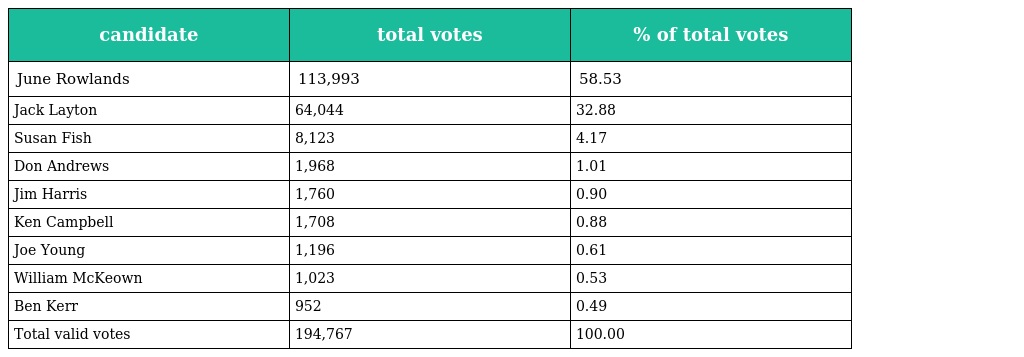
| candidate | total votes | % of total votes |
 | --- | --- | --- |
 | June Rowlands | 113,993 | 58.53 |
 | Jack Layton | 64,044 | 32.88 |
 | Susan Fish | 8,123 | 4.17 |
 | Don Andrews | 1,968 | 1.01 |
 | Jim Harris | 1,760 | 0.90 |
 | Ken Campbell | 1,708 | 0.88 |
 | Joe Young | 1,196 | 0.61 |
 | William McKeown | 1,023 | 0.53 |
 | Ben Kerr | 952 | 0.49 |
 | Total valid votes | 194,767 | 100.00 |